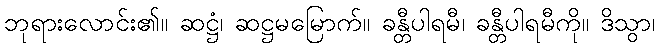
ဘုရားလောင်း၏။ ဆဋ္ဌံ၊ ဆဋ္ဌမမြောက်။ ခန္တီပါရမီ၊ ခန္တီပါရမီကို။ ဒိသွာ၊